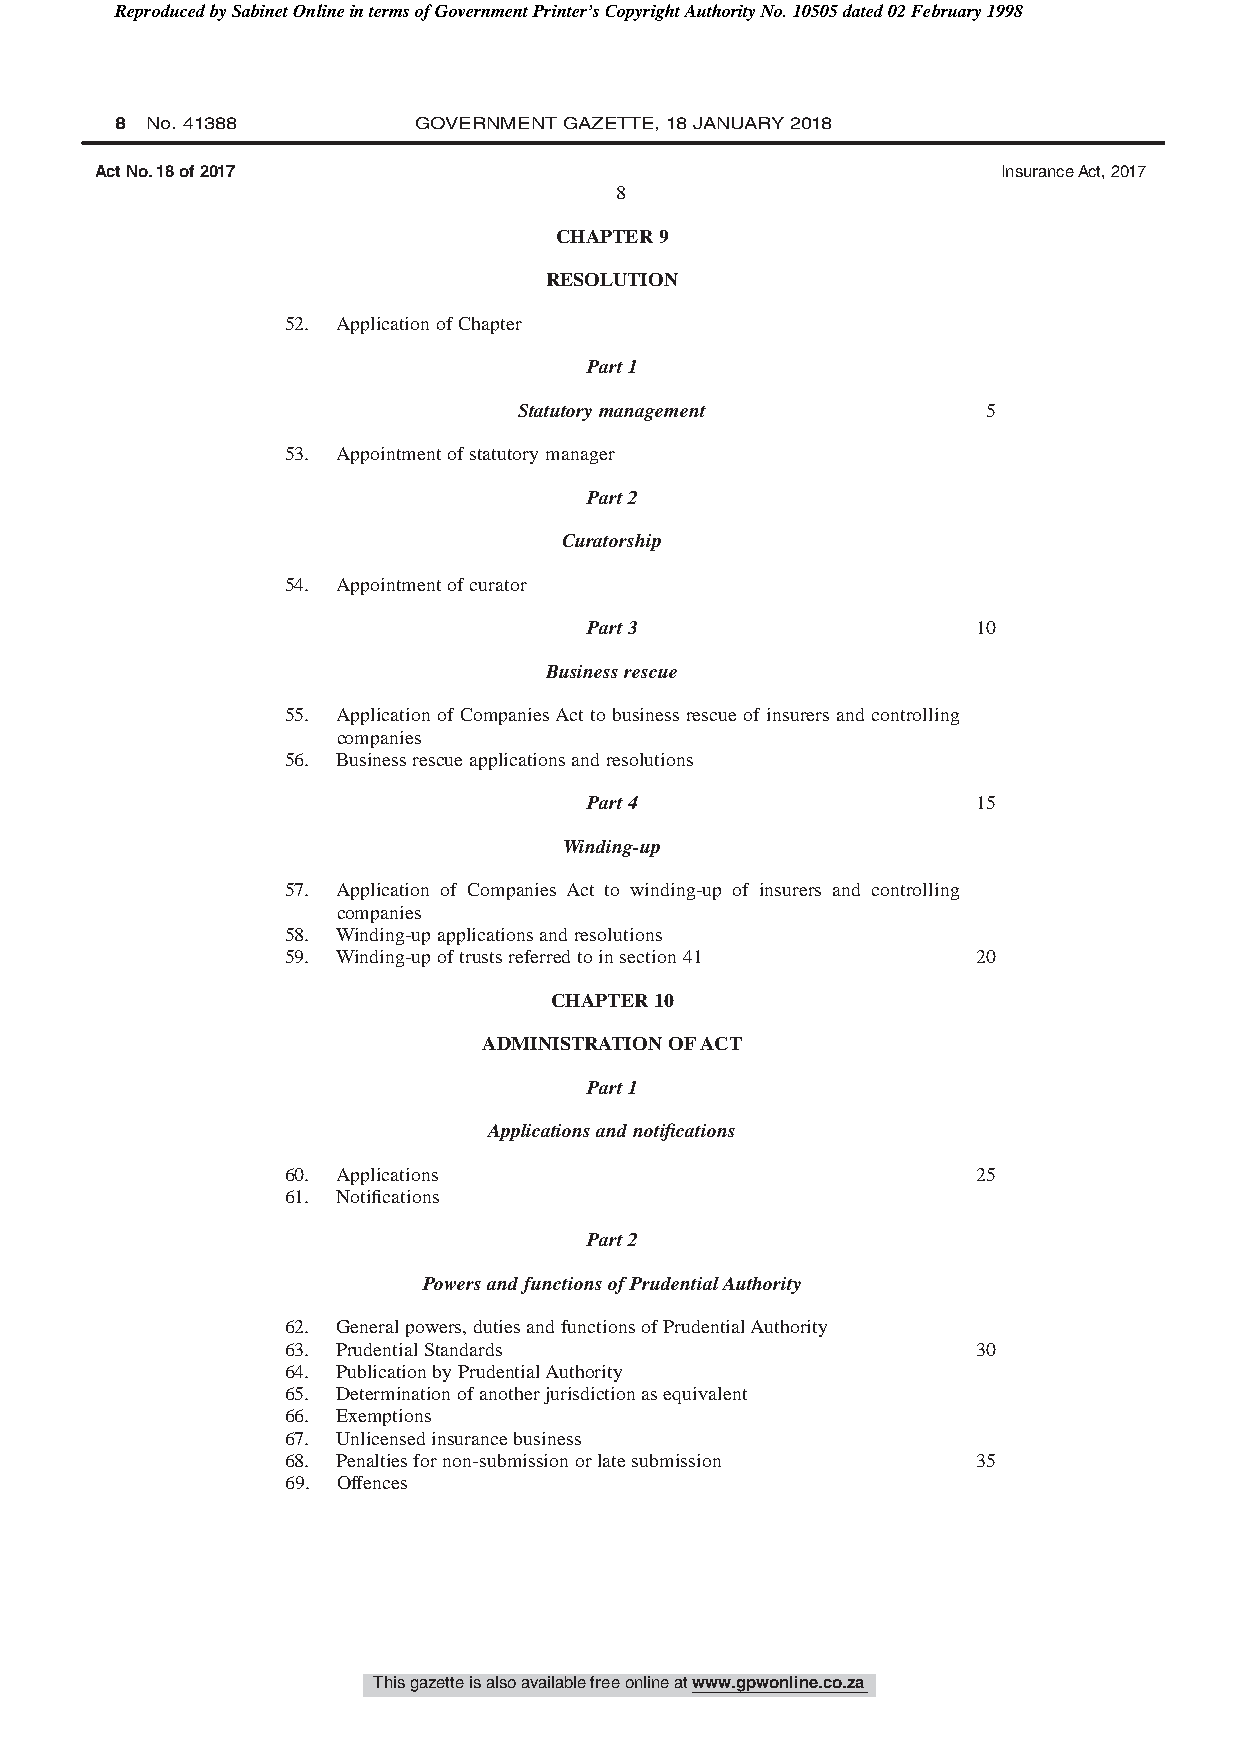
Reproduced by Sabinet Online in terms of Government Printer’s Copyright Authority No. 10505 dated 02 February 1998
 8 No. 41388        GOVERNMENT GAZETTE, 18 JANUARY 2018
 Act No. 18 of 2017                                          Insurance Act, 2017
 8
 CHAPTER9
 RESOLUTION
 52. ApplicationofChapter
 Part1
 Statutorymanagement            5
 53. Appointmentofstatutorymanager
 Part2
 Curatorship
 54. Appointmentofcurator
 Part3                     10
 Businessrescue
 55. Application of CompaniesAct to business rescue of insurers and controlling
 companies
 56. Businessrescueapplicationsandresolutions
 Part4                     15
 Winding-up
 57. Application of Companies Act to winding-up of insurers and controlling
 companies
 58. Winding-upapplicationsandresolutions
 59. Winding-upoftrustsreferredtoinsection41   20
 CHAPTER10
 ADMINISTRATIONOFACT
 Part1
 Applicationsandnotifications
 60. Applications                              25
 61. Notifications
 Part2
 PowersandfunctionsofPrudentialAuthority
 62. Generalpowers,dutiesandfunctionsofPrudentialAuthority
 63. PrudentialStandards                       30
 64. PublicationbyPrudentialAuthority
 65. Determinationofanotherjurisdictionasequivalent
 66. Exemptions
 67. Unlicensedinsurancebusiness
 68. Penaltiesfornon-submissionorlatesubmission 35
 69. Offences
 This gazette is also available free online at www.gpwonline.co.za